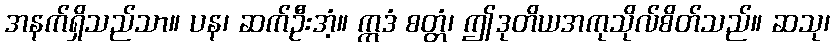
အနက်ရှိသည်သာ။ ပန၊ ဆက်ဦးအံ့။ ဣဒံ စတ္တံ၊ ဤဒုတိယအကုသိုလ်စိတ်သည်။ ဆသု၊